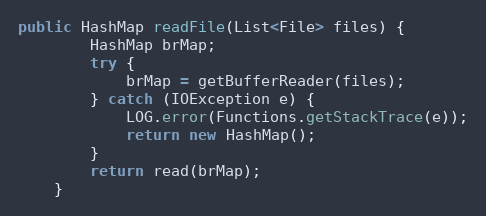
Language: Java
public HashMap readFile(List<File> files) {
        HashMap brMap;
        try {
            brMap = getBufferReader(files);
        } catch (IOException e) {
            LOG.error(Functions.getStackTrace(e));
            return new HashMap();
        }
        return read(brMap);
    }